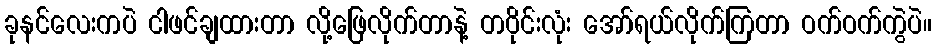
ခုနင်လေးကပဲ ငါဖင်ချထားတာ လို့ဖြေလိုက်တာနဲ့ တဝိုင်းလုံး အော်ရယ်လိုက်ကြတာ ဝက်ဝက်ကွဲပဲ။